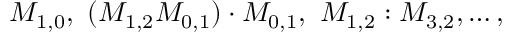
M _ { 1 , 0 } , ~ ( M _ { 1 , 2 } M _ { 0 , 1 } ) \cdot M _ { 0 , 1 } , ~ M _ { 1 , 2 } : M _ { 3 , 2 } , \ldots ,